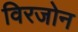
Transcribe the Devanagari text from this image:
विरजोन